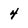
Character: 4